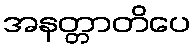
အနတ္တာတိပေ